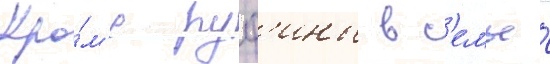
Кро́м'е руф'ины в с'емье́